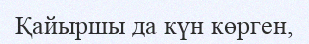
Қайыршы да күн көрген,